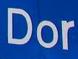
dor